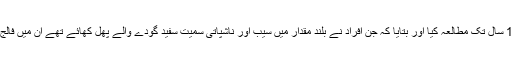
ہالینڈ کے ماہرین نے 20 ہزار افراد کا 10 سال تک مطالعہ کیا اور بتایا کہ جن افراد نے بلند مقدار میں سیب اور ناشپاتی سمیت سفید گودے والے پھل کھائے تھے ان میں فالج کا خطرہ 52 فیصد تک کم دیکھا گیا ہے۔